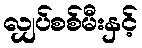
လျှပ်စစ်မီးနှင့်